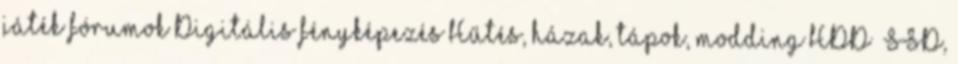
játék fórumok Digitális fényképezés Hűtés, házak, tápok, modding HDD SSD,